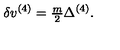
\delta v ^ { ( 4 ) } = { \textstyle \frac { m } { 2 } } \Delta ^ { ( 4 ) } .